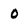
Character: 0